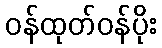
ဝန်ထုတ်ဝန်ပိုး